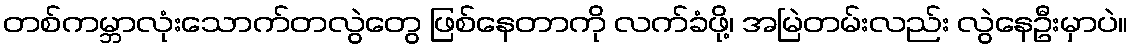
တစ်ကမ္ဘာလုံးသောက်တလွဲတွေ ဖြစ်နေတာကို လက်ခံဖို့၊ အမြဲတမ်းလည်း လွဲနေဦးမှာပဲ။